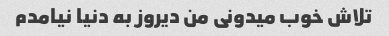
تلاش خوب میدونی من دیروز به دنیا نیامدم